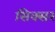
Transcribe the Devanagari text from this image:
सिक्सर